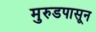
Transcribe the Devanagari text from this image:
मुरुडपासून